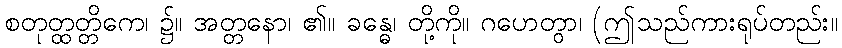
စတုတ္ထတ္တိကေ၊ ၌။ အတ္တနော၊ ၏။ ခန္ဓေ၊ တို့ကို။ ဂဟေတွာ၊ (ဤသည်ကားရုပ်တည်း။